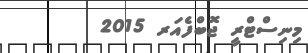
މިނިސްޓްރީ ޖޮބްފެއަރ 2015